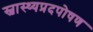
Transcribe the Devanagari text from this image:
स्वास्थ्यप्रदपोषण